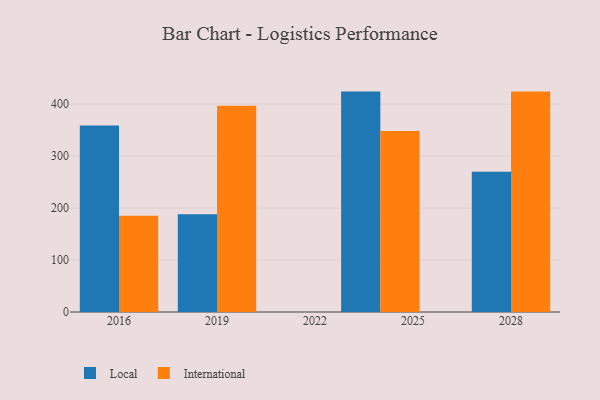
{"axis": {"x": "Year", "y": "Net Income (USD K)"}, "legend": ["International", "Local"], "data": [{"x": "2019", "y": 187.9, "type": "Local"}, {"x": "2019", "y": 397.0, "type": "International"}, {"x": "2024", "y": 424.0, "type": "Local"}, {"x": "2024", "y": 348.2, "type": "International"}, {"x": "2028", "y": 269.7, "type": "Local"}, {"x": "2028", "y": 424.0, "type": "International"}, {"x": "2016", "y": 358.9, "type": "Local"}, {"x": "2016", "y": 185.3, "type": "International"}]}